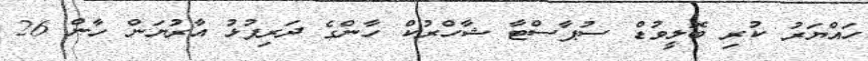
ހައްޔަރު ކުރި ބޮލީވުޑް ސުޕާސްޓާ ޝާހްރުކް ހާންގެ ދަރިފުޅު އާރުޔަން ހާން 26